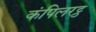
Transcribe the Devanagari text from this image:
कंपिलरट्ठ